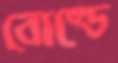
বোল্ডে